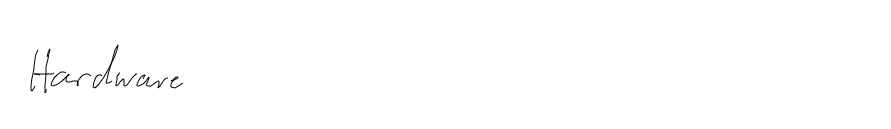
Hardware